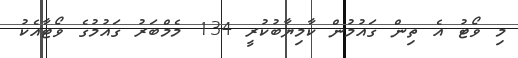
މި ވޯޓު އެ ތިން ގައުމުން ކާމިޔާބުކުރީ 134 މެމްބަރު ގައުމުގެ ވޯޓާއެކު